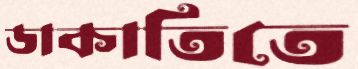
ডাকাতিতে